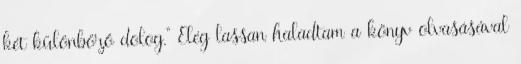
két különböző dolog." Elég lassan haladtam a könyv olvasásával